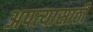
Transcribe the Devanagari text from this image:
अपत्यासाठी